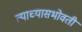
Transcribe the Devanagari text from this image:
त्याच्यासभोवती